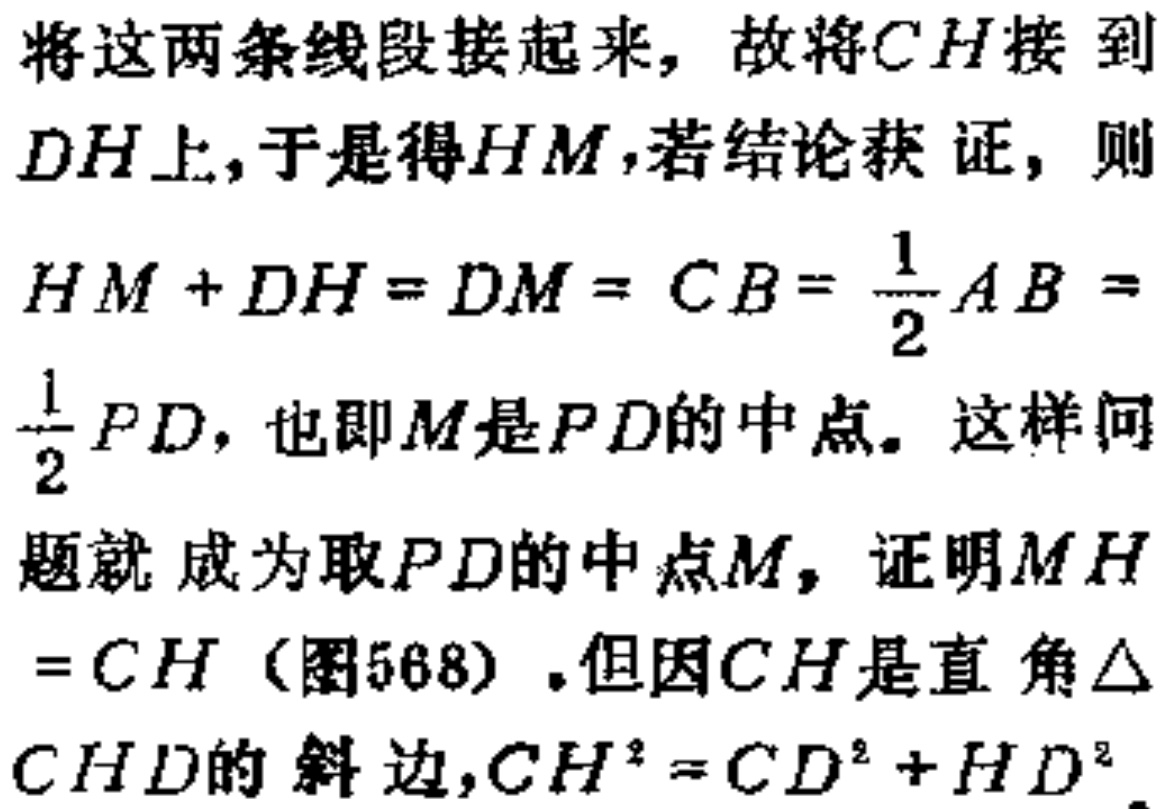
将这两条线段接起来，故将\(CH\)接到\(DH\)上，于是得\(HM\)，若结论获证，则
\(HM + DH = DM = CB = \frac{1}{2}AB = \frac{1}{2}PD\)，也即\(M\)是\(PD\)的中点。这样问
题就成为取\(PD\)的中点\(M\)，证明\(MH = CH\)（图568）.但因\(CH\)是直角\(\triangle\)
\(CHD\)的斜边，\(CH^{2} = CD^{2} + HD^{2}\)。